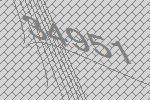
34951